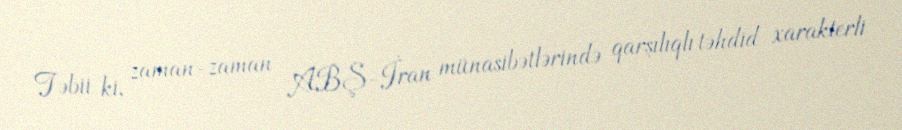
Təbii ki, zaman-zaman ABŞ-İran münasibətlərində qarşılıqlı təhdid xarakterli